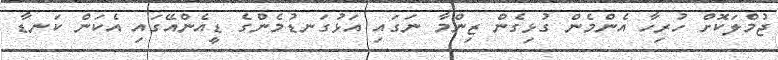
ޖުމްލަކޮށް ހުރިހާ އެންމެން ގުޅިގެން ޒިންމާ ނަގައި އަޅުގަނޑުމެންގެ ޑީއެންއޭގައި އެކަން ކަނޑާ